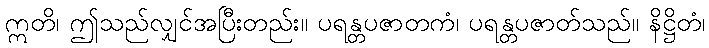
ဣတိ၊ ဤသည်လျှင်အပြီးတည်း။ ပရန္တပဇာတကံ၊ ပရန္တပဇာတ်သည်။ နိဋ္ဌိတံ၊